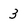
Character: 3